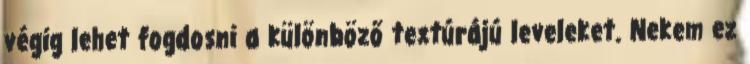
végig lehet fogdosni a különböző textúrájú leveleket. Nekem ez